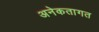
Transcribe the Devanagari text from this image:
अनेकतागत